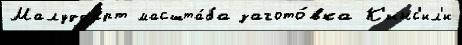
Малуддарт масшта́ба загото́вка К'инс'ил'и